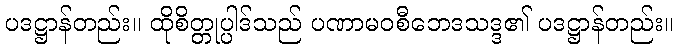
ပဒဋ္ဌာန်တည်း။ ထိုစိတ္တုပ္ပါဒ်သည် ပဏာမဝစီဘေဒသဒ္ဒ၏ ပဒဋ္ဌာန်တည်း။